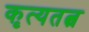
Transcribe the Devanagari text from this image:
कृत्यतत्व